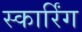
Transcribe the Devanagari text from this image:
स्कार्रिंग